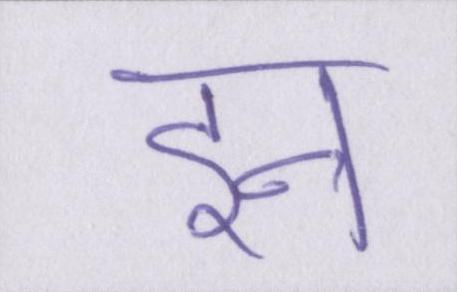
इन